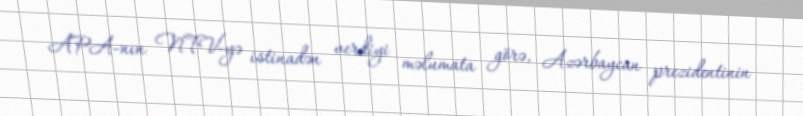
APA-nın NTV-yə istinadən verdiyi məlumata görə, Azərbaycan prezidentinin